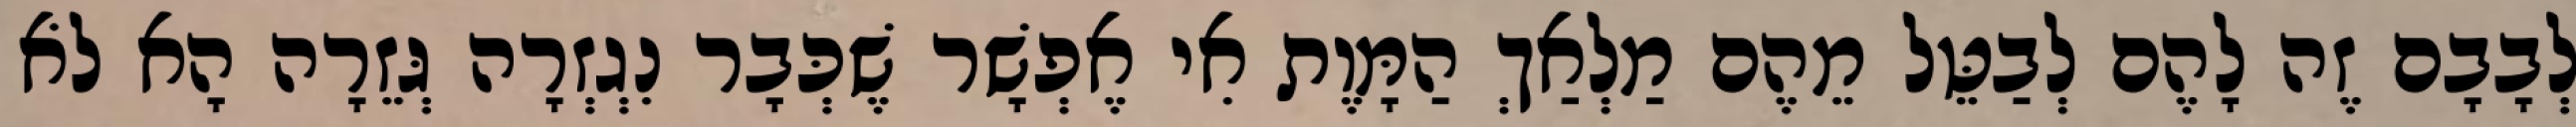
לְבָבָם זֶה לָהֶם לְבַטֵּל מֵהֶם מַלְאַךְ הַמָּוֶת אִי אֶפְשָׁר שֶׁכְּבָר נִגְזְרָה גְּזֵרָה הָא לֹא